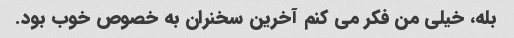
بله، خیلی من فکر می کنم آخرین سخنران به خصوص خوب بود.